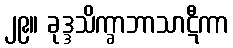
၂၉။ ခုဒ္ဒသိက္ခာဘာသာဋီကာ